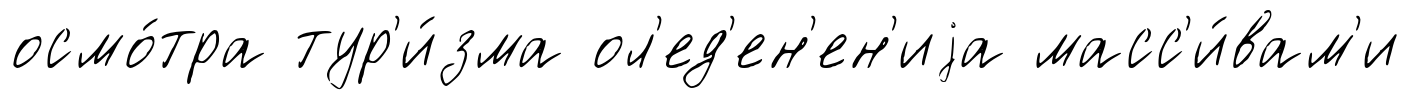
осмо́тра тур'и́зма ол'ед'ен'ен'иjа масс'и́вам'и